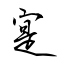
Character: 寔